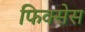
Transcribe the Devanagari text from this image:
फिक्सेस